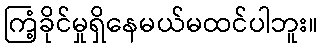
ကြံ့ခိုင်မှုရှိနေမယ်မထင်ပါဘူး။